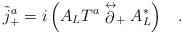
\begin{align*}\tilde{j}^a_+ = i \left( A_L T^a\stackrel{\leftrightarrow}{\partial}_+ A^*_L \right) \;\;\; .\end{align*}